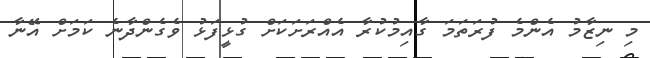
މި ނިޒާމު އެންމެ ފުރަތަމަ ގާއިމުކުރާ އެއްރަށަކަށް ގުޅީފަޅު ވެގެންދާނެ ކަމަށް އޭނާ